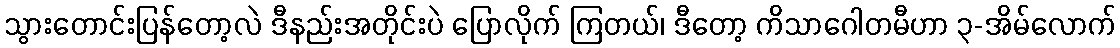
သွားတောင်းပြန်တော့လဲ ဒီနည်းအတိုင်းပဲ ပြောလိုက် ကြတယ်၊ ဒီတော့ ကိသာဂေါတမီဟာ ၃-အိမ်လောက်